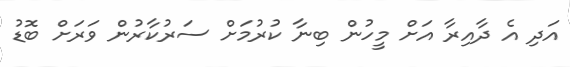
އަދި އެ ދާއިރާ އަށް މީހުން ބިނާ ކުރުމަށް ސަރުކާރުން ވަރަށް ބޮޑު